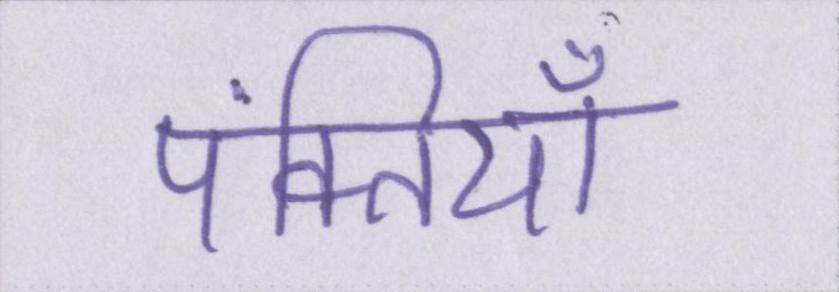
पंक्तियाँ